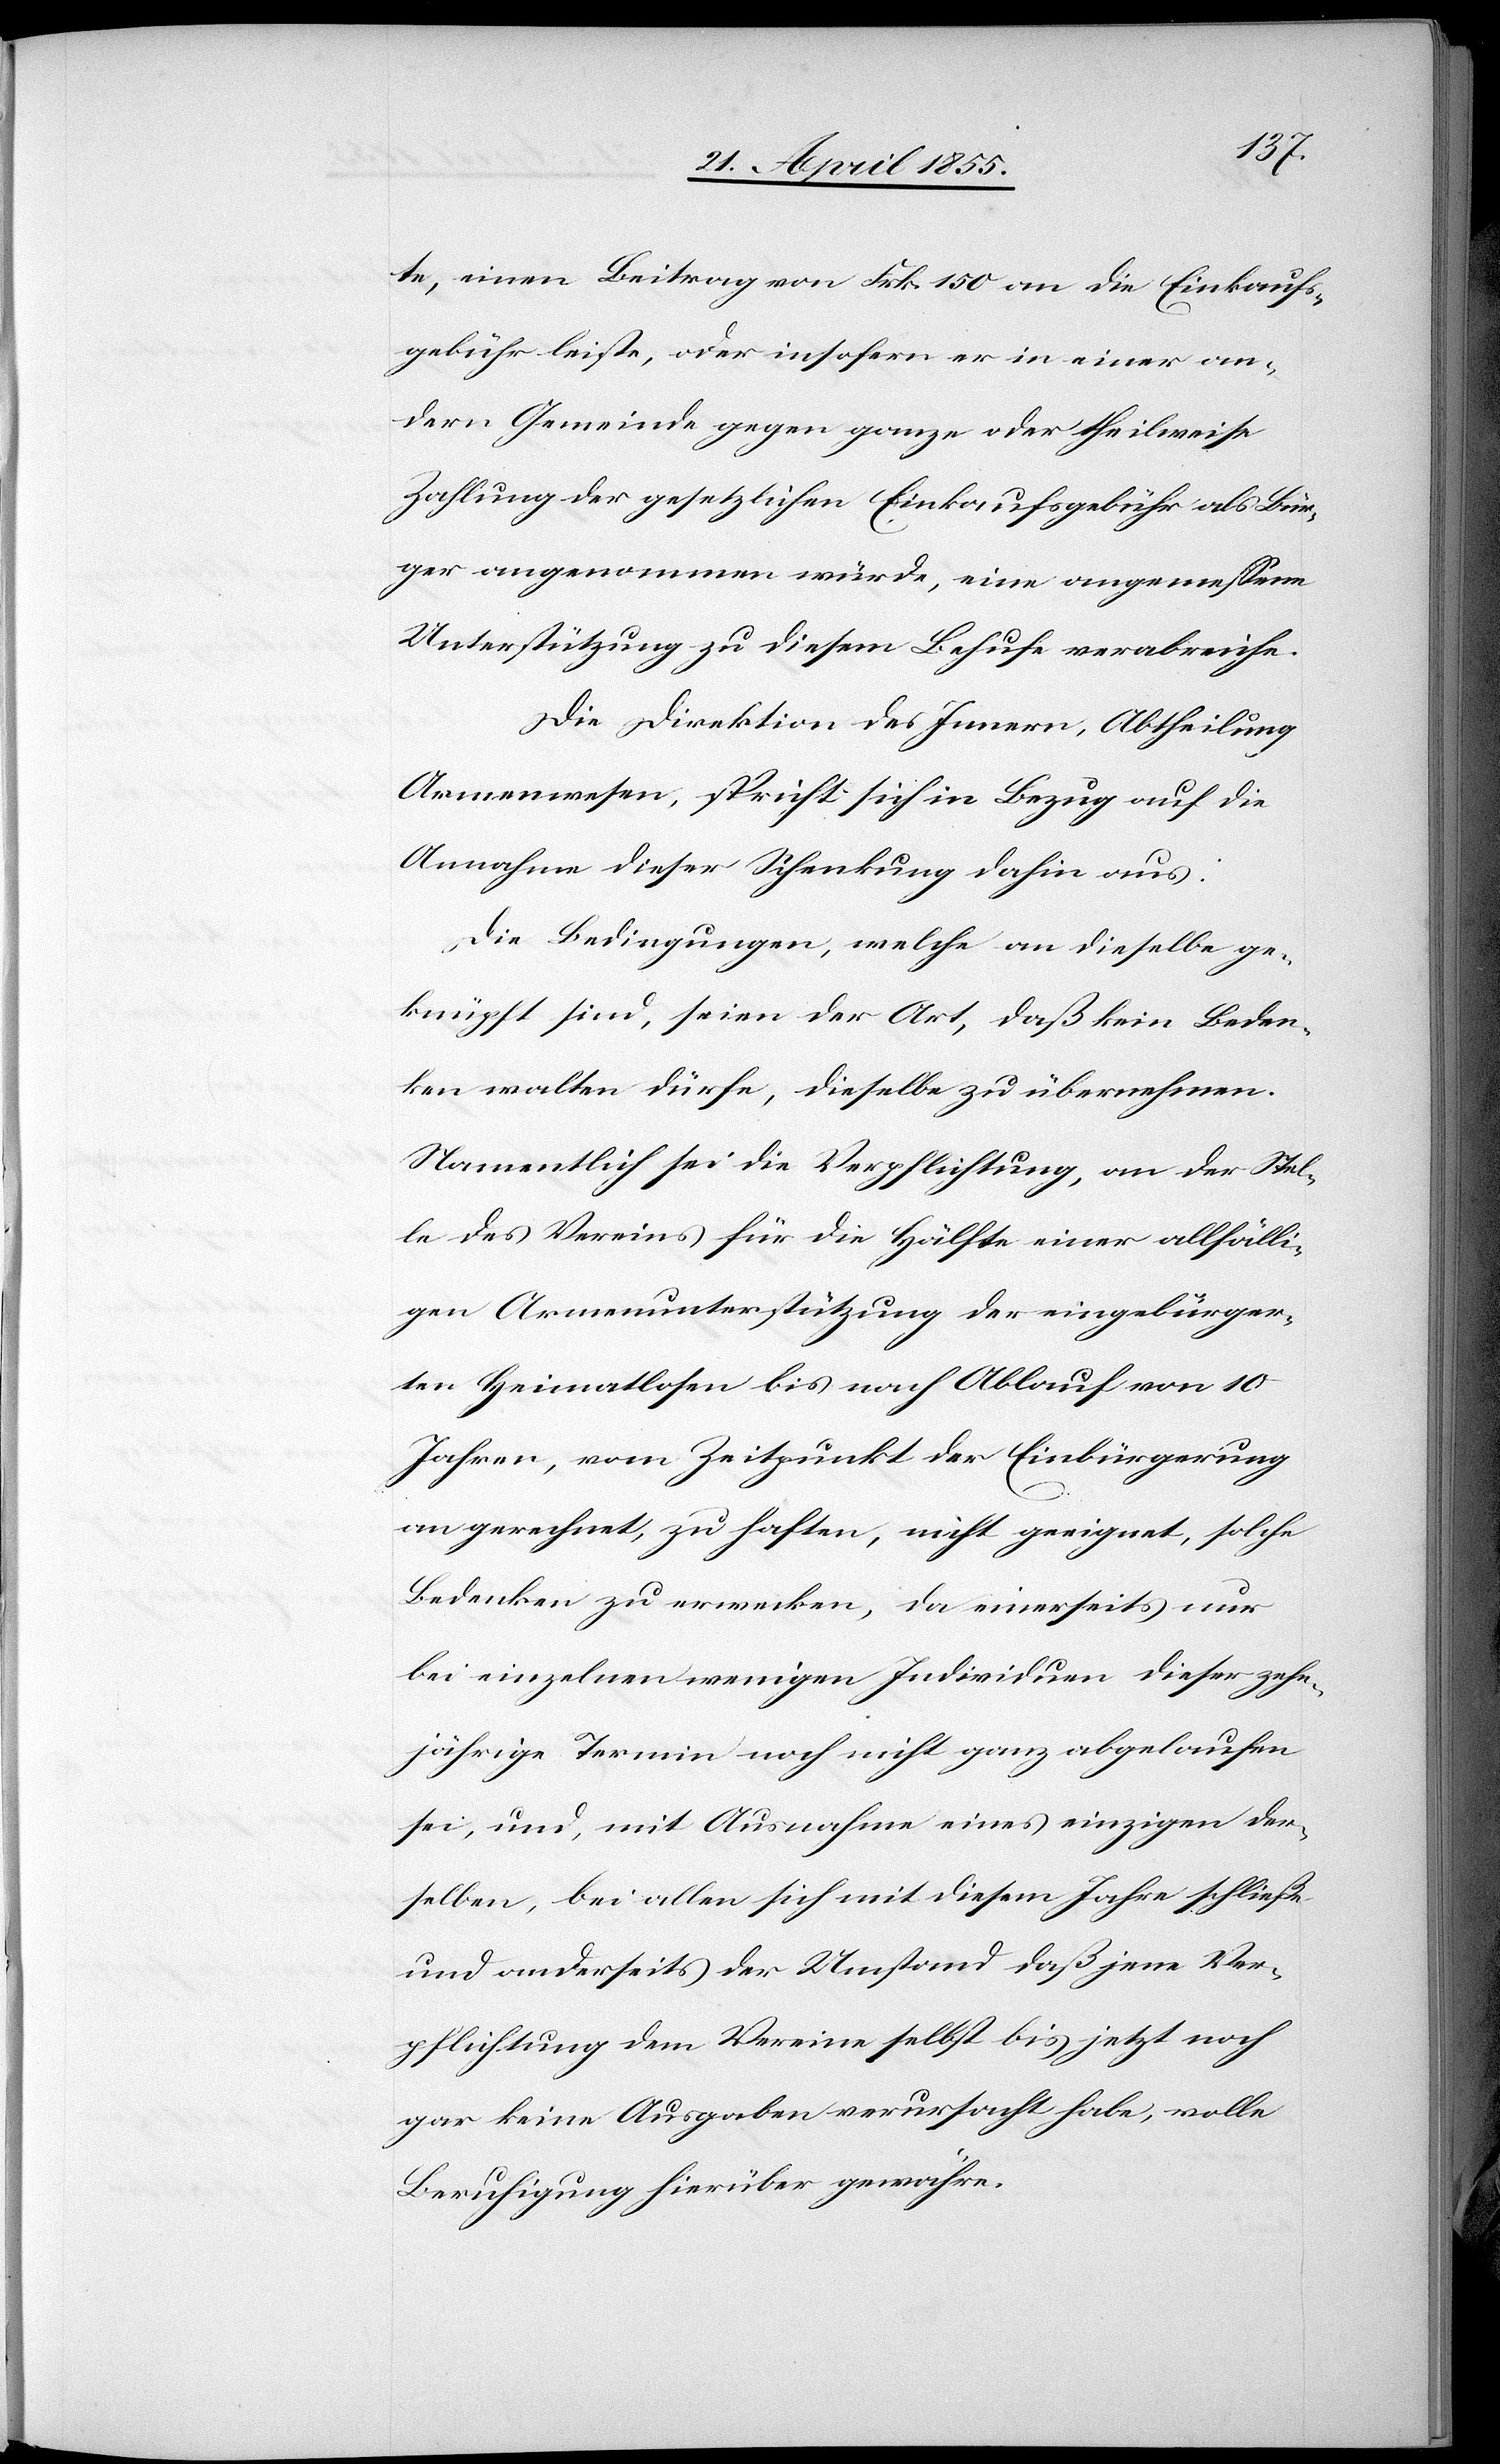
te, einen Beitrag von Frk. 150 an die Einkaufs¬
gebühr leiste, oder insofern er in einer an¬
dern Gemeinde gegen ganze oder theilweise
Zahlung der gesetzlichen Einkaufsgebühr als Bür¬
ger angenommen würde, eine angemessene
Unterstützung zu diesem Behufe verabreiche.
Die Direktion des Innern, Abtheilung
Armenwesen, spricht sich in Bezug auf die
Annahme dieser Schenkung dahin aus:
Die Bedingungen, welche an dieselbe ge¬
knüpft sind, seien der Art, daß kein Beden¬
ken walten dürfe, dieselbe zu übernehmen.
Namentlich sei die Verpflichtung, an der Stel¬
le des Vereins für die Hälfte einer allfälli¬
gen Armenunterstützung der eingebürger¬
ten Heimatlosen bis nach Ablauf von 10
Jahren, vom Zeitpunkt der Einbürgerung
an gerechnet, zu haften, nicht geeignet, solche
Bedenken zu erwecken, da einerseits nur
bei einzelnen wenigen Individuen dieser zehn¬
jährige Termin noch nicht ganz abgelaufen
sei, und, mit Ausnahme eines einzigen der¬
selben, bei allen sich mit diesem Jahre schließe
und anderseits der Umstand daß jene Ver¬
pflichtung dem Vereine selbst bis jetzt noch
gar keine Ausgaben verursacht habe, volle
Beruhigung hierüber gewähre.